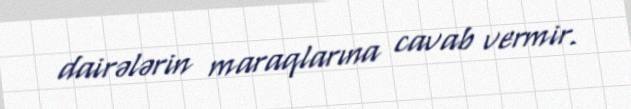
dairələrin maraqlarına cavab vermir.